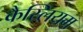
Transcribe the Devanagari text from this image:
कैस्लियम